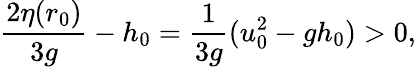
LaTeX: \displaystyle\frac{2\eta(r_{0})}{3g}-h_{0}=\frac{1}{3g}(u_{0}^{2}-gh_{0})>0,